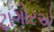
ટાગોરએ